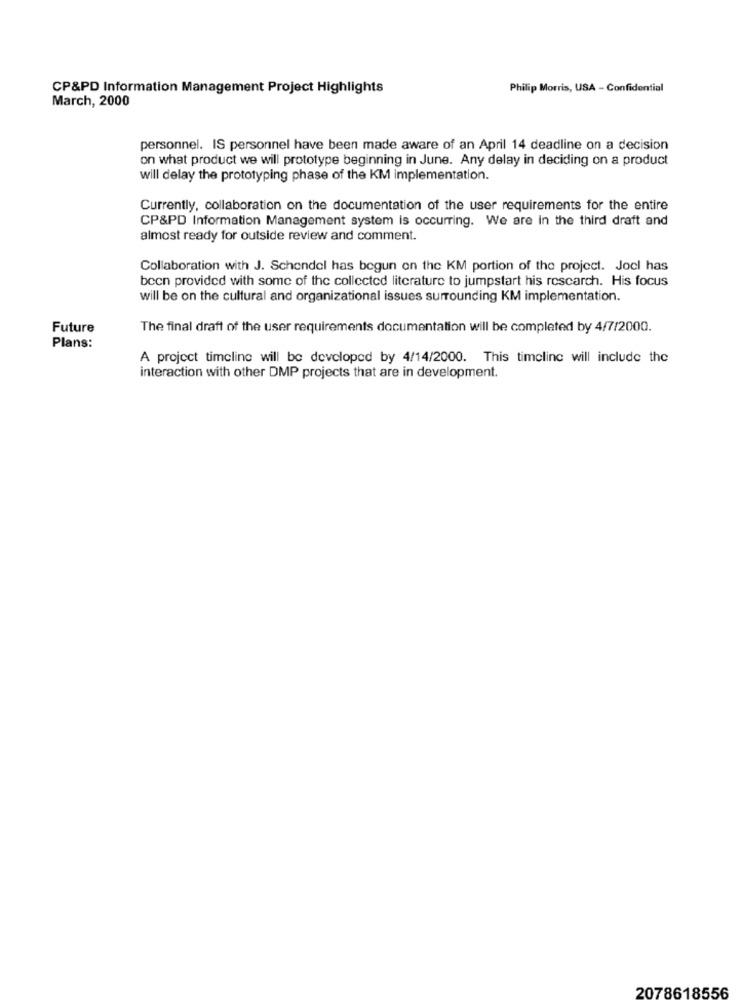
CP&PD Information Management Project Highlights
Philip Morris, USA - Confidential
March, 2000
personnel. IS personnel have been made aware of an April 14 deadline on a decision
on what product we will prototype beginning in June. Any delay in deciding on a product
will delay the prototyping phase of the KM implementation.
Currently, collaboration on the documentation of the user requirements for the entire
CP&PD Information Management system is occurring. We are in the third draft and
almost ready for outside review and comment.
Collaboration with J. Schondel has begun on the KM portion of the project. Joel has
been provided with some of the collected literature to jumpstart his rescarch. His focus
will be on the cultural and organizational issues surrounding KM implementation.
Future
The final draft of the user requirements documentation will be completed by 4/7/2000.
Plans:
A project timeline will be developed by 4/14/2000. This timeline will include the
interaction with other DMP projects that are in development.
2078618556